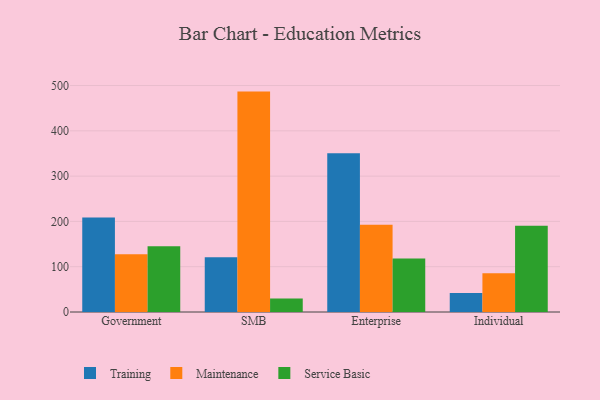
{"axis": {"x": "Segment", "y": "Churn Rate (%)"}, "legend": ["Maintenance", "Service Basic", "Training"], "data": [{"x": "Government", "y": 208.8, "type": "Training"}, {"x": "Government", "y": 127.5, "type": "Maintenance"}, {"x": "Government", "y": 145.4, "type": "Service Basic"}, {"x": "SMB", "y": 120.7, "type": "Training"}, {"x": "SMB", "y": 486.6, "type": "Maintenance"}, {"x": "SMB", "y": 30.0, "type": "Service Basic"}, {"x": "Enterprise", "y": 350.5, "type": "Training"}, {"x": "Enterprise", "y": 192.9, "type": "Maintenance"}, {"x": "Enterprise", "y": 118.0, "type": "Service Basic"}, {"x": "Individual", "y": 42.2, "type": "Training"}, {"x": "Individual", "y": 85.5, "type": "Maintenance"}, {"x": "Individual", "y": 190.5, "type": "Service Basic"}]}